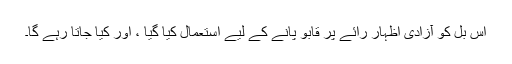
اس بل کو آزادی اظہار رائے پر قابو پانے کے لیے استعمال کیا گیا ، اور کیا جاتا رہے گا۔